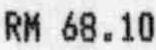
RM 68.10